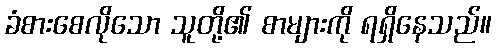
ခံစားစေလိုသော သူတို့၏ စာများကို ရရှိနေသည်။